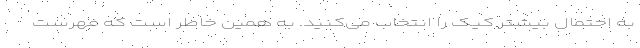
به احتمال بیشتر کیک را انتخاب می‌کنید. به همین خاطر است که فهرست